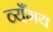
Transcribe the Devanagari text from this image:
व्यँगय